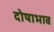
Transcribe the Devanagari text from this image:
दोषाभाव